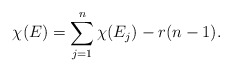
\begin{align*}\chi(E) = \sum\limits_{j=1}^n \chi(E_j) - r(n-1).\end{align*}